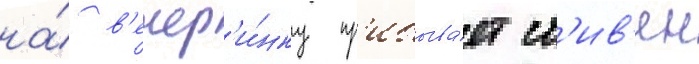
на́ в'ечер'и́нку пр'ибыва́ет ст'ив'ен